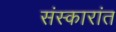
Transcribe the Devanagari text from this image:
संस्कारांत